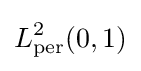
L_{\operatorname {per} }^{2}(0,1)